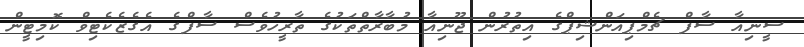
ސީނިއާ ސާފް ޗެމްޕިއަންޝިޕްގެ އިތުރުން ޖޫނިއާ މުބާރާތްތަކުގެ ތާރީހުވެސް ސާފްގެ އެގެޒެކެޓިވް ކޮމިޓީން